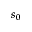
s _ { 0 }